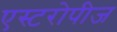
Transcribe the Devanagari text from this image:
एस्टरोपीज